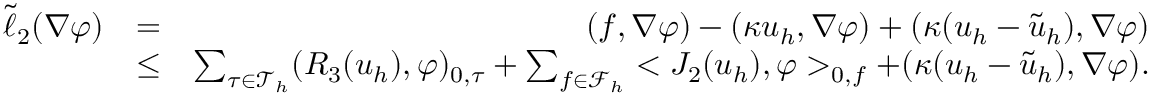
\begin{array} { r l r } { \tilde { \ell } _ { 2 } ( \nabla \varphi ) } & { = } & { ( \boldsymbol { f } , \nabla \varphi ) - ( \kappa \boldsymbol { u } _ { h } , \nabla \varphi ) + ( \kappa ( \boldsymbol { u } _ { h } - \tilde { \boldsymbol { u } } _ { h } ) , \nabla \varphi ) } \\ & { \leq } & { \sum _ { \tau \in \mathcal { T } _ { h } } ( R _ { 3 } ( \boldsymbol { u } _ { h } ) , \varphi ) _ { 0 , \tau } + \sum _ { f \in \mathcal { F } _ { h } } < J _ { 2 } ( \boldsymbol { u } _ { h } ) , \varphi > _ { 0 , f } + ( \kappa ( \boldsymbol { u } _ { h } - \tilde { \boldsymbol { u } } _ { h } ) , \nabla \varphi ) . } \end{array}